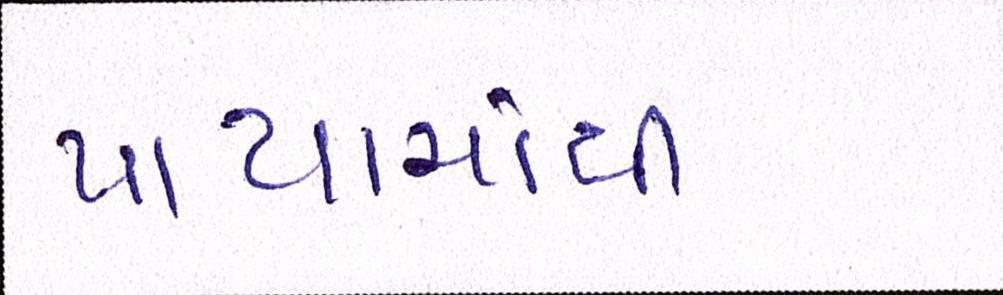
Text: પાયામાંથી